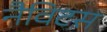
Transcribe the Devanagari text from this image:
नैविटस